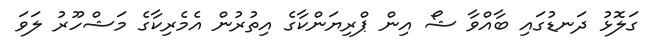
ގަލޮޅު ދަނޑުގައި ބާއްވާ ޝޯ އިން ޕްރިޔަންކާގެ އިތުރުން އެމެރިކާގެ މަޝްހޫރު ލަވަ